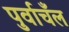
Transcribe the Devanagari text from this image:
पुर्वाचँल